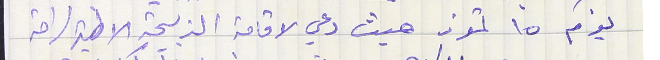
يوم ١٥ تموز حيث دعي لاقامة الذبيحة الالهية لراحة